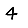
Digit: 4